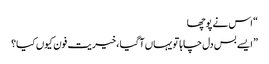
“ اس نے پوچھا
” ایسے بس دل چاہا تو یہاں آگیا ،خیریت فون کیوں کیا؟